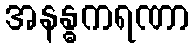
အနန္ဓကရဏာ